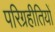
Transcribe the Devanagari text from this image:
परिग्रहीतियों